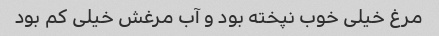
مرغ خیلی خوب نپخته بود و آب مرغش خیلی کم بود